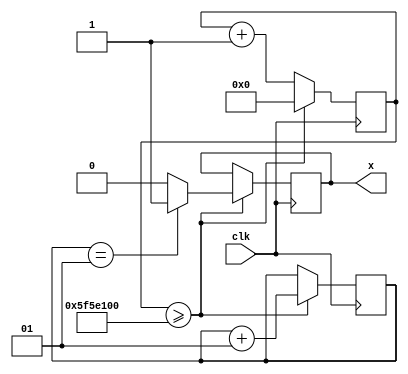
module out_x(x, clk);

output reg x;
input clk;

reg[31:0] front = 0;
integer cnt = 0;
// Clocking operations
always @(posedge clk)
begin
	if (front >= 32'd100000000)
	begin
		front <= 32'd0;
		if (cnt == 1)
			x = 1'b1;
		else 
			x = 1'b0;
		cnt = cnt + 1;
	end
	else
	front <= front + 1'b1;
end

endmodule